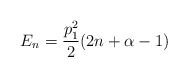
\begin{align*}E_n=\frac{p_1^2}{2}(2n+\alpha-1)\end{align*}